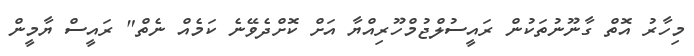
މިހާރު އޮތް ގާނޫނުތަކުން ރައީސުލްޖުމްހޫރިއްޔާ އަށް ކޮށްދެވޭނެ ކަމެއް ނެތް" ރައީސް ޔާމީން